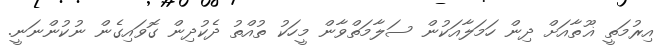
އިރުމަތީ ޣޫތާއަށް ދިން ހަމަލާއަކުން ސަލާމަތްވާން މީހަކު ތުއްތު ދެކުދިން ގޮވައިގެން ނުކުންނަނީ.